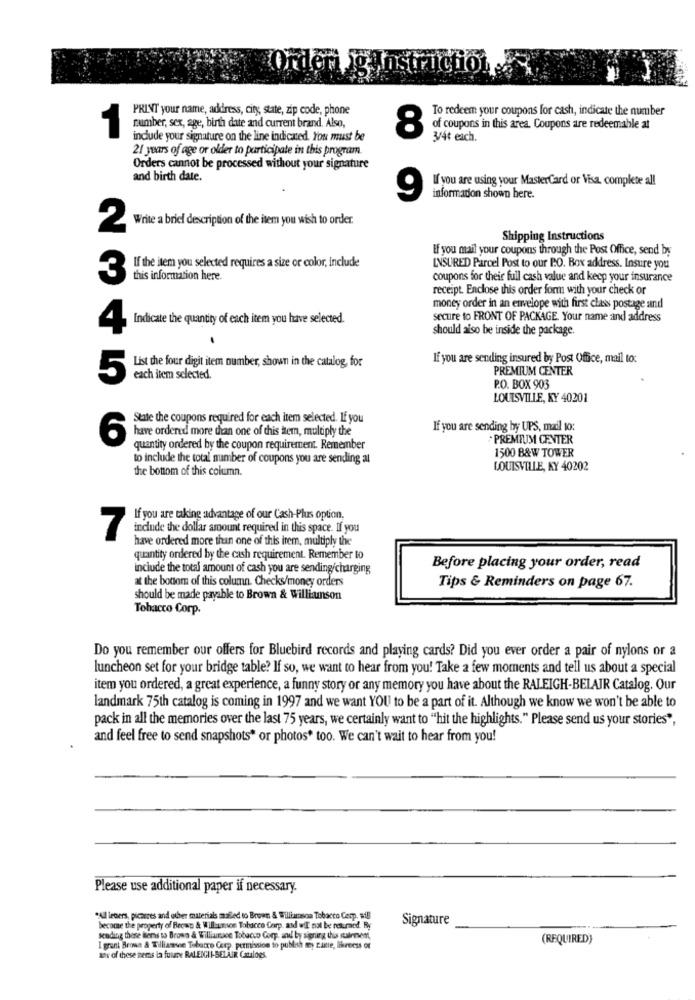
Orderi ig instructor
PRINT your name, address, city, state, zip code, phone
To redeem your coupons for cash, indicate the number
number, sex, age, birth date and current brand. Also,
of coupons in this area. Coupons are redeemable at
1
include your signature on the line indicated. You must be
8
3/4t eich.
21 years of age or older to participate in this program.
Orders cannot be processed without your signature
and birth date.
If you are using your MasterCard or Visa, complete all
informadon shown here.
Write a brief description of the item you wish to order.
2
Shipping Instructions
If you mail your coupons through the Post Office, send by
If the item you selected requires a size or color, include
INSURED Parcel Post to our P.O. Box address. Insure you
3
this information here.
coupons for their full cash value and keep your insurance
receipt. Enclose this order form with your check or
money order in an envelope with first class postage and
secure to FRONT OF PACKAGE. Your name and address
Indicate the quantity of each item you have selected.
should also be inside the package.
List the four digit item number, shown in the catalog, for
If you are sending insured by Post Office, mail to:
PREMIUM CENTER
5
each item selected.
P.O. BOX 903
LOUISVILLE, KY 40201
State the coupons required for each item selected. If you
have ordered more than one of this tern, multiply the
If you are sending by UPS, mail to:
6
· PREMIUM CENTER
quantity ordered by the coupon requirement. Remember
1500 B&W TOWER
to include the total number of coupons you are sending al
the bottom of this column.
LOUISVILLE, KY 40202
If you are taking advantage of our Cash-Plus option.
include the dollar amount required in this space. If you
7
have ordered more than one of this item, multiply the
quantity ordered by the cash requirement. Remember to
include the total amount of cash you are sending/charging
Before placing your order, read
at the bottom of this column. Checks/money orders
Tips & Reminders on page 67.
should be made payable to Brown & Williamson
Tobacco Corp.
Do you remember our offers for Bluebird records and playing cards? Did you ever order a pair of nylons or a
luncheon set for your bridge table? If so, we want to hear from you! Take a few moments and tell us about a special
item you ordered, a great experience, a funny story or any memory you have about the RALEIGH-BELAIR Catalog. Our
landmark 75th catalog is coming in 1997 and we want YOU to be a part of it. Although we know we won't be able to
pack in all the memories over the last 75 years, we certainly want to "hit the highlights." Please send us your stories",
and feel free to send snapshots* or photos* too. We can't wait to hear from you!
Please use additional paper if necessary.
"All lecers, pictures and other materials mailed to Brown & Williamson Tobacco Cetp. sill
Signature
become the property of Becas & Williamson Tobacco Corp. and wil not be returned. Ry
sending these items to Brows & Williamnace Tobacco Corp, and by signing this sulrment,
(REQUIRED)
I grant Brown & Tilliamve Tobarro Corp. permission to publish tey zanie, likeeess or
ser of these hems la future RALEIGHI-SELAIK Catalogs